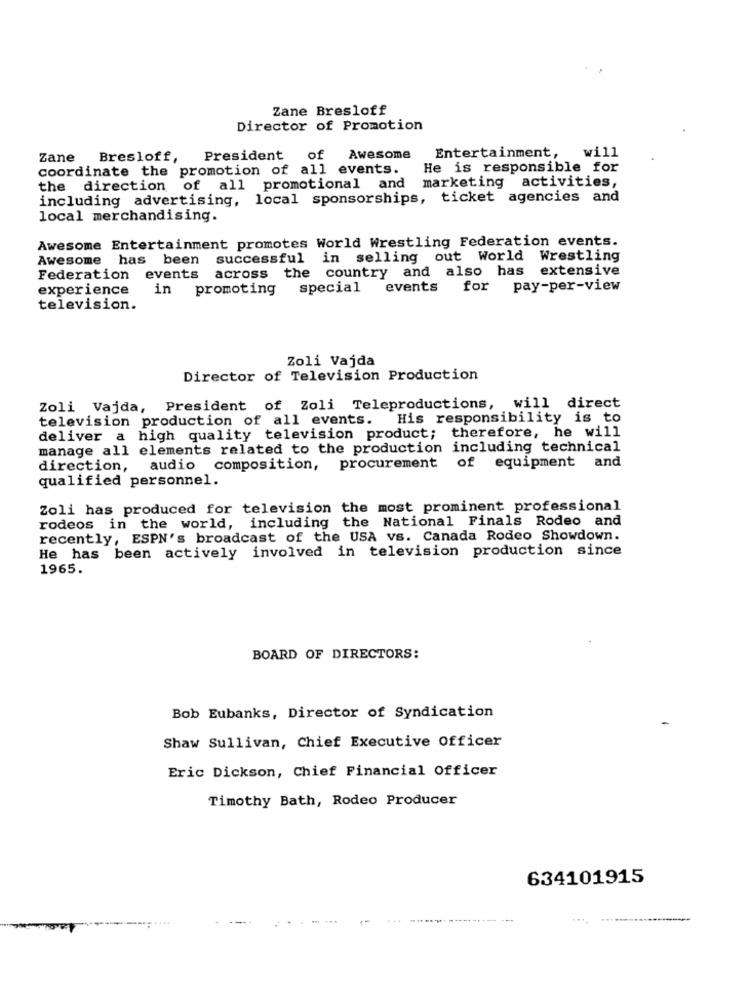
Zane Bresloff
Director of Promotion
Zane Bresloff, President
of
Awesome
Entertainment,
will
coordinate the promotion of all events.
He is responsible for
marketing activities,
the direction of all promotional and
including advertising, local sponsorships, ticket agencies and
local merchandising.
Awesome Entertainment promotes World Wrestling Federation events.
Awesome has been successful in selling out World Wrestling
across the country and also has extensive
Federation events
experience
in promoting special
events for pay-per-view
television.
Zoli Vajda
Director of Television Production
Zoli Vajda, President of Zoli Teleproductions, will direct
television production of all events. His responsibility is to
deliver a high quality television product; therefore, he will
manage all elements related to the production including technical
direction, audio composition, procurement of equipment and
qualified personnel.
Zoli has produced for television the most prominent professional
rodeos in the world, including the National Finals Rodeo and
recently, ESPN's broadcast of the USA vs. Canada Rodeo Showdown.
He has been actively involved in television production since
1965.
BOARD OF DIRECTORS:
Bob Eubanks, Director of Syndication
Shaw Sullivan, Chief Executive Officer
Eric Dickson, Chief Financial Officer
Timothy Bath, Rodeo Producer
634101915